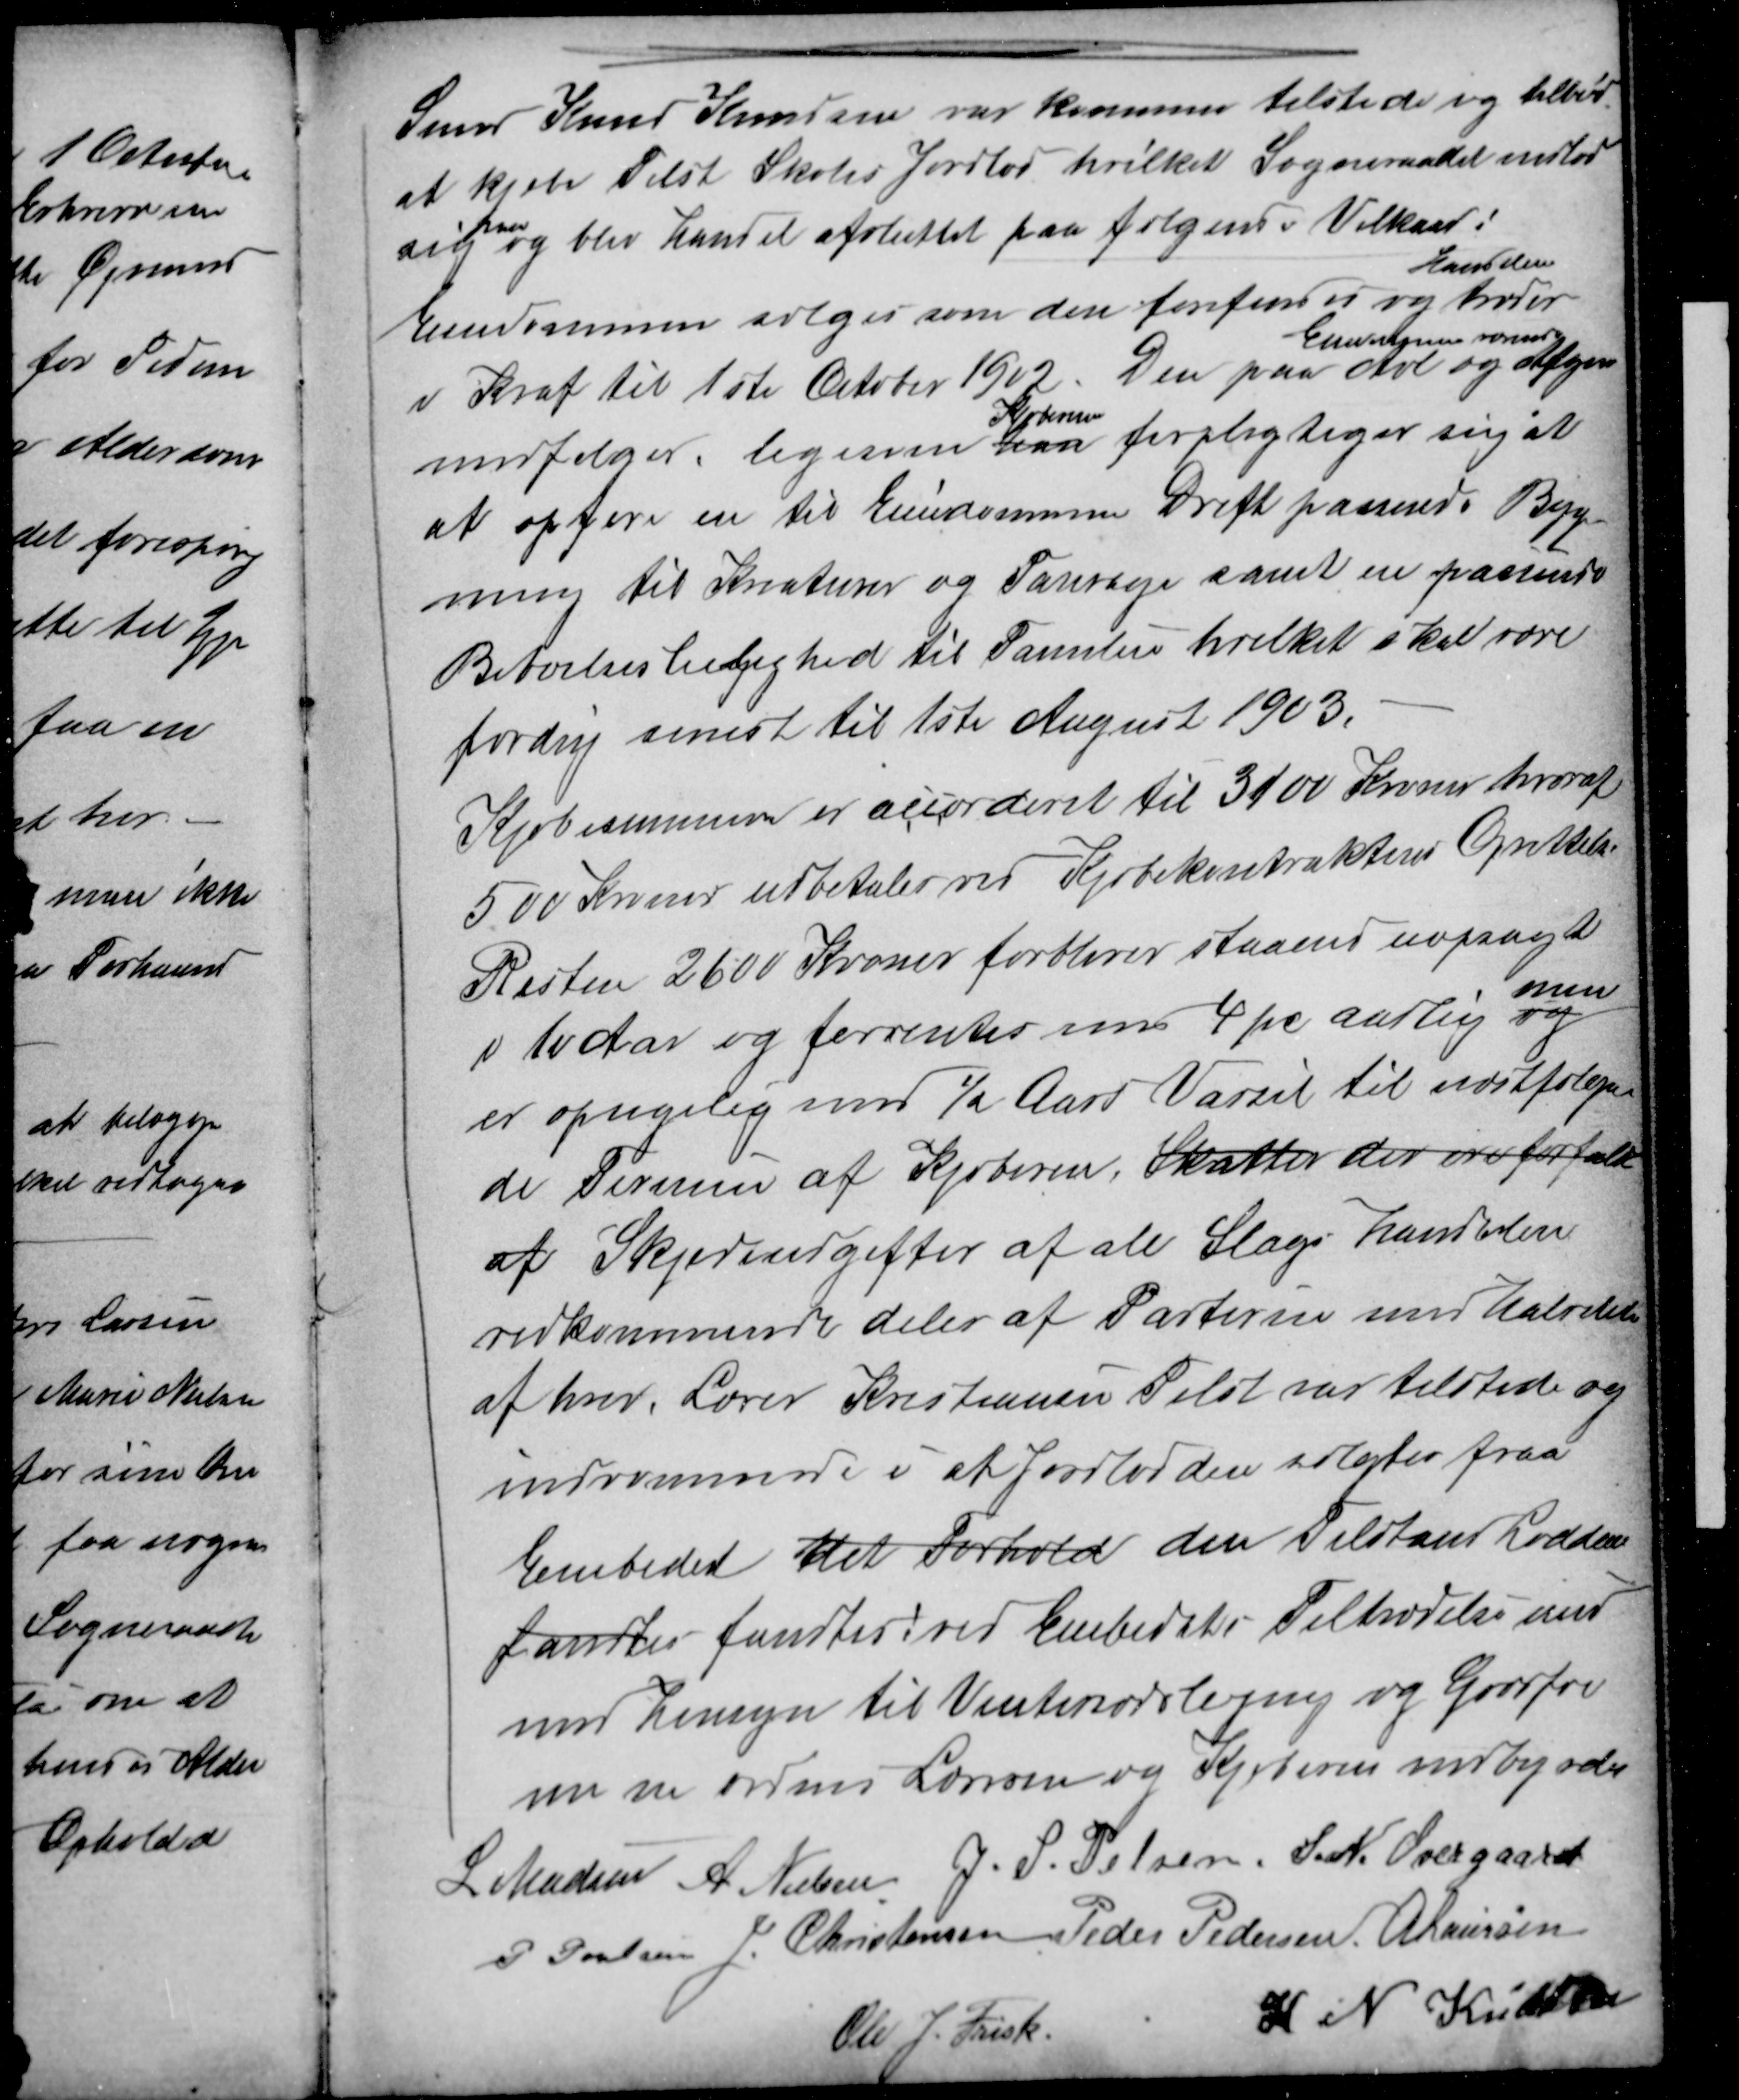
Transskription:
Smed Knud Knudsen var kommen tilstede og tilbød
at kjøbe Tilst Skoles Jordlod hvilket Sogneraadet indlod
sig
paa
og blev Handel afsluttet paa følgende Vilkaar:
Ejendommen sælges som den forefindes og
Handelen
træder
i Kraf til 1ste October 1902. Den paa
Eiendommen værende
Avl og Afgrøde
medfølger, ligesom han
Kjøberen
forpligtiger sig at
at opføre en til Ejendommens Drift passende Byg
ning til Kreaturer og Fourage samt en passende
Beboelsesleilighed til Familien hvilket skal være
færdig senest til 1ste August 1903.
Kjøbesummen er accorderet til 3100 Kroner hvoraf
500 Kroner udbetales ved Kjøbekontraktens Oprettelse
Resten 2600 Kroner forbliver staaend uopsagt
i 10 Aar og forrentes med 4 pc aarlig og
men
er opsigelig med ½ Aars Varsel til næstfølgen-
de Termin af Kjøberen, Skatter der ere forfald
af Skjødeudgifter af alle Slags Handelen
vedkommende deles af Parterne med Halvdele
af hver. Lærer Kristiansen Tilst var tilstede og
indrømmede i at Jordlodden solgtes fra
Embedet det Forhold den tilstand Lodden
fandtes fandtes ved Embedets Tiltrædelse med
med Hensyn til Vintersædslaging og Godsfrø
m m ordner Læreren og Kjøberen indbydes
L Madsen A. Nielsen J. S. Pelsen S. N. Overgaard
P Poulsen J Christensen Peder Pedersen A Laursen
Ole J. Frisk
K. N. Knudsen